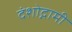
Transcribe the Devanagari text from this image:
दंशोद्गामी